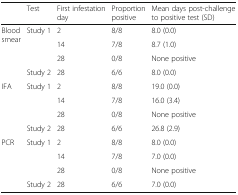
<table><thead><tr><td></td><td><b>Test</b></td><td><b>First infestation day</b></td><td><b>Proportion positive</b></td><td><b>Mean days post-challenge to positive test (SD)</b></td></tr></thead><tbody><tr><td rowspan="4">Blood smear</td><td>Study 1</td><td>2</td><td>8/8</td><td>8.0 (0.0)</td></tr><tr><td></td><td>14</td><td>7/8</td><td>8.7 (1.0)</td></tr><tr><td></td><td>28</td><td>0/8</td><td>None positive</td></tr><tr><td>Study 2</td><td>28</td><td>6/6</td><td>8.0 (0.0)</td></tr><tr><td rowspan="4">IFA</td><td>Study 1</td><td>2</td><td>8/8</td><td>19.0 (0.0)</td></tr><tr><td></td><td>14</td><td>7/8</td><td>16.0 (3.4)</td></tr><tr><td></td><td>28</td><td>0/8</td><td>None positive</td></tr><tr><td>Study 2</td><td>28</td><td>6/6</td><td>26.8 (2.9)</td></tr><tr><td rowspan="4">PCR</td><td>Study 1</td><td>2</td><td>8/8</td><td>8.0 (0.0)</td></tr><tr><td></td><td>14</td><td>7/8</td><td>7.0 (0.0)</td></tr><tr><td></td><td>28</td><td>0/8</td><td>None positive</td></tr><tr><td>Study 2</td><td>28</td><td>6/6</td><td>7.0 (0.0)</td></tr></tbody></table>